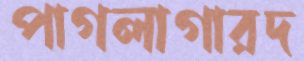
পাগলাগারদ